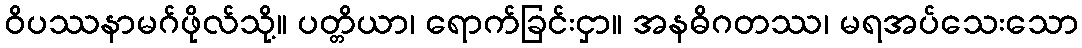
ဝိပဿနာမဂ်ဖိုလ်သို့။ ပတ္တိယာ၊ ရောက်ခြင်းငှာ။ အနဓိဂတဿ၊ မရအပ်သေးသော